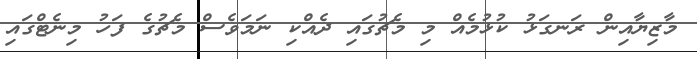
މާޒިޔާއިން ރަނގަޅު ކުޅުމެއް މި މެޗުގައި ދެއްކި ނަމަވެސް މެޗުގެ ފަހު މިނެޓްގައި